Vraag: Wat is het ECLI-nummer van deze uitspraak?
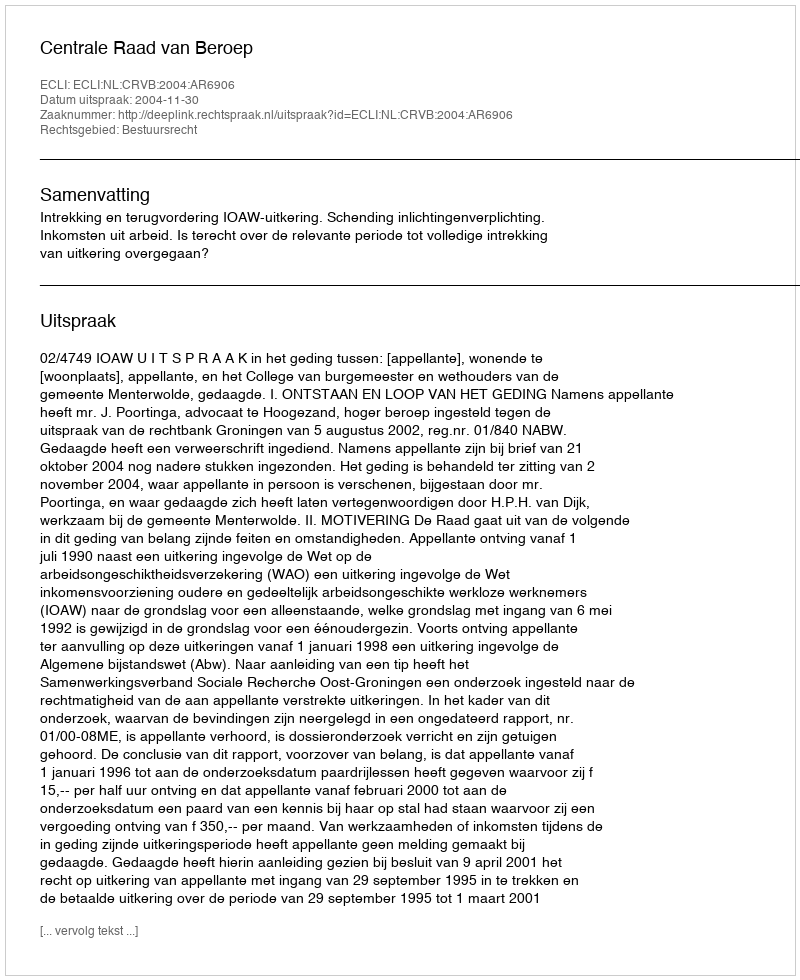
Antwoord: ECLI:NL:CRVB:2004:AR6906